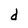
Character: d